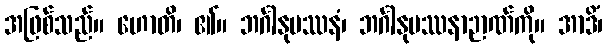
အဖြစ်သည်။ ဟောတိ၊ ၏။ ဘင်္ဂါနုပဿနံ၊ ဘင်္ဂါနုပဿနာဉာဏ်ကို။ အာဒိံ၊